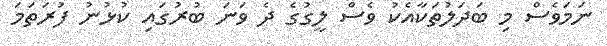
ނަމަވެސް މި ބަދަލުތަކާއެކު ވެސް ލީގުގެ ދެ ވަނަ ބުރުގައި ކުޅުނު ފުރަތަމަ